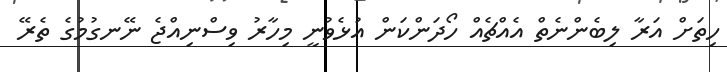
ހިތަށް އަރާ ލިބެންނެތް އެއްޗެއް ހޯދަންކަން އުޅެވުނީ މިހާރު ވިސްނިއްޖެ ނޭނގުމުގެ ތެރޭ